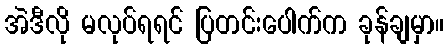
အဲဒီလို မလုပ်ရရင် ပြတင်းပေါက်က ခုန်ချမှာ။